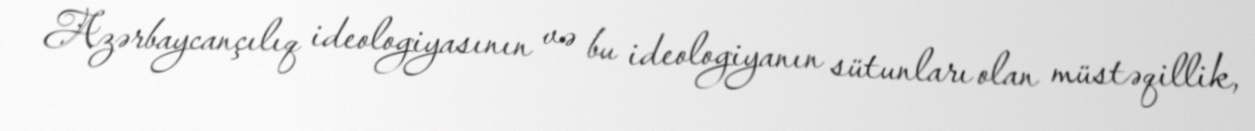
Azərbaycançılıq ideologiyasının və bu ideologiyanın sütunları olan müstəqillik,